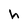
Character: h